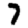
Digit: 7